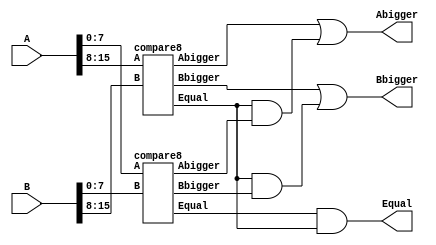
module compare16 (A, B, Abigger, Bbigger, Equal);

  input [15:0] A, B;
  output Abigger, Bbigger, Equal;
  
  wire abigger1, abigger2;
  wire bbigger1, bbigger2;
  wire equal1, equal2;
  wire ab1, bb1;
  
  compare8 c1(A[7:0], B[7:0], abigger1, bbigger1, equal1);
  compare8 c2(A[15:8], B[15:8], abigger2, bbigger2, equal2); 
  
  and a1(ab1, equal2, abigger1);
  or o1(Abigger, abigger2, ab1);
  
  and b1(bb1, equal2, bbigger1);
  or o2(Bbigger, bbigger2, bb1);
  
  and (Equal, equal1 , equal2);   
  
endmodule

module compare8 (A, B, Abigger, Bbigger, Equal);
  
  input [7:0] A, B;
  output Abigger, Bbigger, Equal;
  wire abigger1, abigger2, abigger3, abigger4;
  wire bbigger1, bbigger2, bbigger3, bbigger4;
  wire equal1, equal2, equal3, equal4;
  wire ab1, ab2, ab3, bb1, bb2, bb3;

  compare2 c1(A[1:0], B[1:0], abigger1, equal1, bbigger1);
  compare2 c2(A[3:2], B[3:2], abigger2, equal2, bbigger2);
  compare2 c3(A[5:4], B[5:4], abigger3, equal3, bbigger3);
  compare2 c4(A[7:6], B[7:6], abigger4, equal4, bbigger4);

  and a1(ab1, equal4, abigger3);
  and a2(ab2, equal4, equal3, abigger2);
  and a3(ab3, equal4, equal3, equal2, abigger1);
  assign Abigger=(abigger4|ab1|ab2|ab3);
  
  and b1(bb1, equal4, bbigger3);
  and b2(bb2, equal4, equal3, bbigger2);
  and b3(bb3, equal4, equal3, equal2, bbigger1);
  assign Bbigger=(bbigger4|bb1|bb2|bb3);
  
  assign Equal=(equal1&equal2&equal3&equal4);

endmodule

module compare2 (A, B, abigger, equal, bbigger);

  input [1:0] A, B;
  output abigger, equal, bbigger;
  wire a_b0, a_b1, b_b0, b_b1;
  wire q1, q2, q3, q4, q5, q6, q7, q8;

  not n1(a_b0, A[0]);
  not n2(a_b1, A[1]);
  not n3(b_b0, B[0]);
  not n4(b_b1, B[1]);

  nor r1(q1, a_b1, B[1]);
  nand a1(q2, a_b1, B[1]);
  nand a2(q3, a_b0, B[0]);
  nand a3(q4, A[1], b_b1);
  nand a4(q5, A[0], b_b0);
  nor r2(q6, b_b1, A[1]);

  or r3(q7, q1, q3);
  or r4(q8, q5, q6);

  nand a5(bbigger, q2, q7);
  nand a6(abigger, q4, q8);
  nor r5(equal, abigger, bbigger);

endmodule